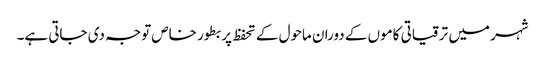
شہر میں ترقیاتی کاموں کے دوران ماحول کے تحفظ پر بطور خاص توجہ دی جاتی ہے۔